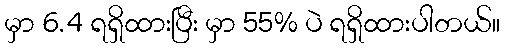
မှာ 6.4 ရရှိထားပြီး မှာ 55% ပဲ ရရှိထားပါတယ်။